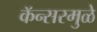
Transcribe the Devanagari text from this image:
कॅन्सरमुळे